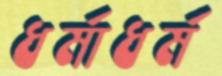
ধর্মাধর্ম